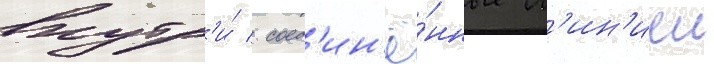
внутр'и́ / соед'ин'ё́нные л'ин'иеи